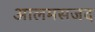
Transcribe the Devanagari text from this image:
आलमसजद